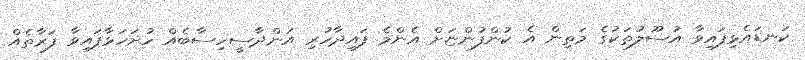
ކަނޑައެޅިފައިވާ އުސޫލުތަކުގެ މަތިން އެ ކުންފުންޏަށް އެންމެ ފައިދާހުރި އަންދާސީހިސާބެއް ހުށަހަޅާފައިވާ ފަރާތެއް